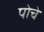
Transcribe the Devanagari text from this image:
पोचे